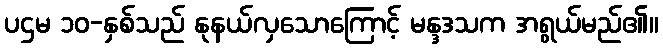
ပဌမ ၁၀-နှစ်သည် နုနယ်လှသောကြောင့် မန္ဒဒသက အရွယ်မည်၏။